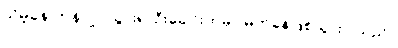
သိမ့်ခနဲ တုန်လှုပ်သွား၍ ဦးခေါင်းထဲမှာ မိုက်ခနဲဖြစ်သွားပါသည်။